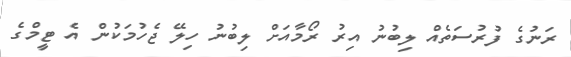
ރަނުގެ ފުރުސަތެއް ލިބުނު އިރު ރޯމާއަށް ލިބުނު ހިލޭ ޖެހުމަކުން އެ ޓީމްގެ